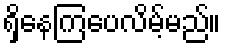
ရှိနေကြပေလိမ့်မည်။